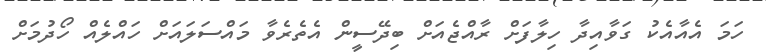
ހަމަ އެއާއެކު ގަވާއިދާ ހިލާފަށް ރާއްޖެއަށް ބިދޭސީން އެތެރެވާ މައްސަލައަށް ހައްލެއް ހޯދުމަށް